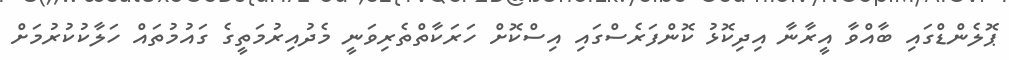
ޕޮލެންޑްގައި ބާއްވާ އީރާނާ އިދިކޮޅު ކޮންފަރެސްގައި އިސްކޮށް ހަރަކާތްތެރިވަނީ މެދުއިރުމަތީގެ ގައުމުތައް ހަލާކުކުރުމަށް